Annual returns of the Patna Lunatic Asylum at Bankipore in Bihar and Orissa - 1912-1924
Year: 1912
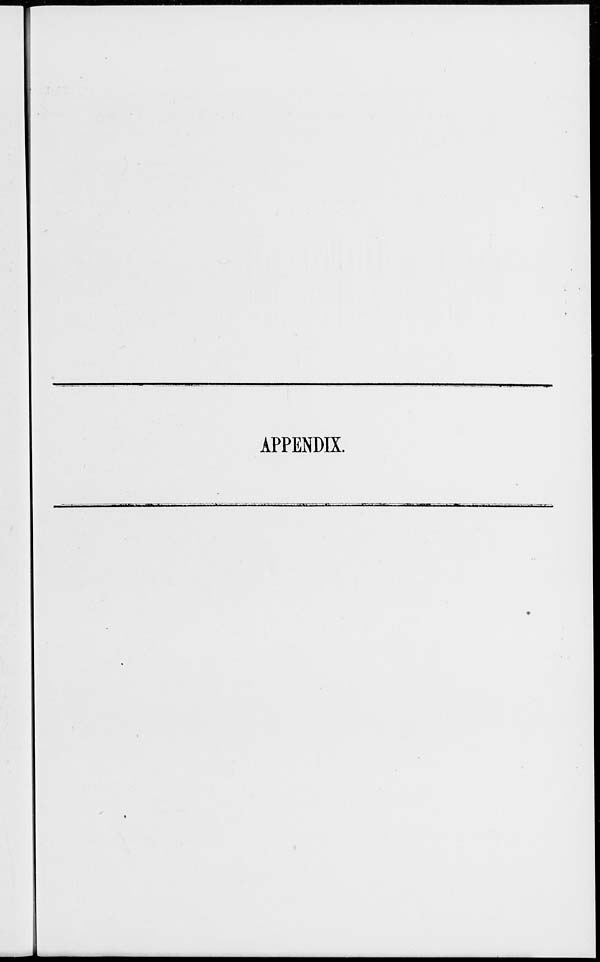
APPENDIX.